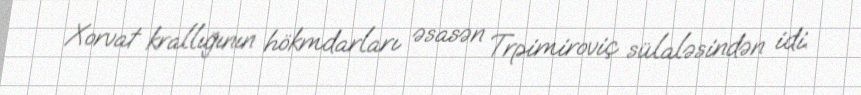
Xorvat krallığının hökmdarları əsasən Trpimiroviç sülaləsindən idi.